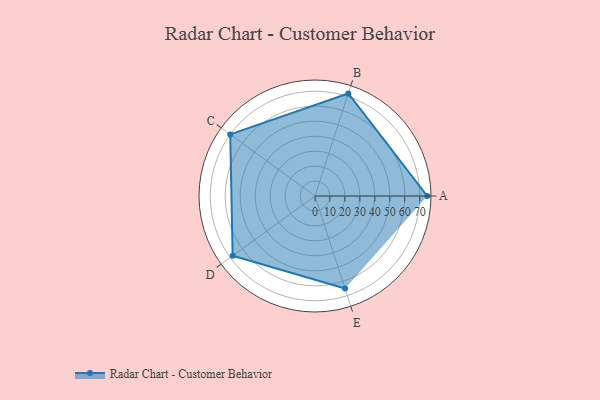
{"axis": {"x": "Skill", "y": "Score"}, "legend": ["Profile"], "data": [{"x": "A", "y": 75.0, "type": "Profile"}, {"x": "B", "y": 72.0, "type": "Profile"}, {"x": "C", "y": 70.0, "type": "Profile"}, {"x": "D", "y": 68.0, "type": "Profile"}, {"x": "E", "y": 65.0, "type": "Profile"}]}